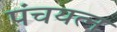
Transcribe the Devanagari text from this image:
पंचयत्‍न